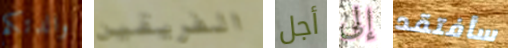
والدتكم الفريقين أجل إلى سأفتقد